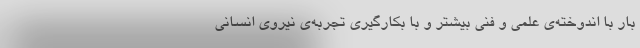
بار با اندوخته‌ی علمی و فنی بیشتر و با بکارگیری تجربه‌ی نیروی انسانی